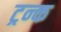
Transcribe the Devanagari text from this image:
ट्रन्क